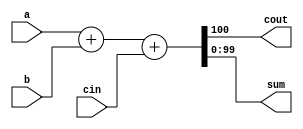
module top_module (
	input [99:0] a,
	input [99:0] b,
	input cin,
	output cout,
	output [99:0] sum
);

	// The concatenation {cout, sum} is a 101-bit vector.
	assign {cout, sum} = a+b+cin;

    // my solution
    wire [100:0] sum_and_cout;
    assign sum_and_cout = a+b+cin;
    assign sum = sum_and_cout[99:0];
    assign cout = sum_and_cout[100];
endmodule